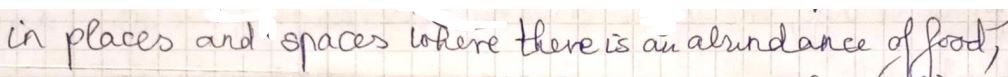
in places and spaces were there is an abundance of food,